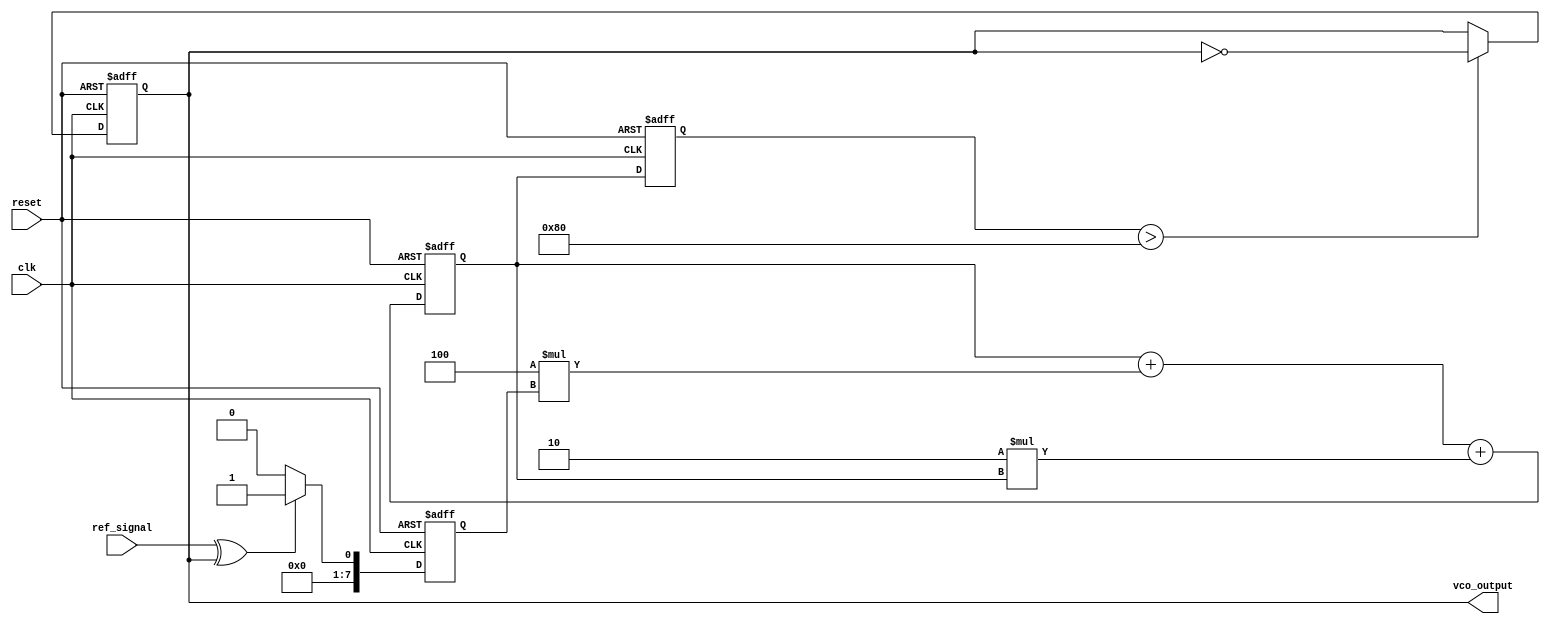
module MemoryBlocksPLL (
    input wire clk,               // System clock
    input wire reset,             // Reset signal
    input wire ref_signal,        // Reference input signal
    output reg vco_output         // VCO output signal
);

// Parameters
parameter N = 8;                 // Number of bits for phase error and filter output
parameter Kp = 4;                // Proportional gain
parameter Ki = 2;                // Integral gain

// Internal signals
reg [N-1:0] phase_error;         // Phase error signal
reg [N-1:0] filter_output;       // Filter output signal
reg [N-1:0] vco_frequency;       // VCO frequency control signal
reg [N-1:0] memory [0:15];       // Memory blocks for storing intermediate values
integer i;

// Phase Detector
always @(posedge clk or posedge reset) begin
    if (reset) begin
        phase_error <= 0;
    end else begin
        // Simple phase detector logic (XOR for demonstration)
        phase_error <= (ref_signal ^ vco_output) ? 1 : 0;
    end
end

// Loop Filter (Proportional-Integral)
always @(posedge clk or posedge reset) begin
    if (reset) begin
        filter_output <= 0;
    end else begin
        // Proportional term
        filter_output <= filter_output + (Kp * phase_error) + (Ki * filter_output);
        // Store intermediate values in memory
        memory[i] <= filter_output;
        i = (i + 1) % 16; // Circular buffer for memory
    end
end

// Voltage-Controlled Oscillator (VCO)
always @(posedge clk or posedge reset) begin
    if (reset) begin
        vco_frequency <= 0;
        vco_output <= 0;
    end else begin
        // Update VCO frequency based on filtered phase error
        vco_frequency <= filter_output;
        // Generate VCO output (simple toggling for demonstration)
        vco_output <= (vco_frequency > 128) ? ~vco_output : vco_output; // Example condition
    end
end

endmodule